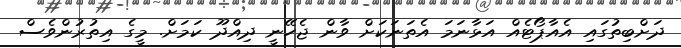
ދަށްބިތުގައި އެއާޕޯޓެއް އަޅާނަމަ އެތަނަކަށް ވާން ޖެހޭނީ ދިއްދޫ ކަމަށް. މީގެ އިތުރުންވެސް